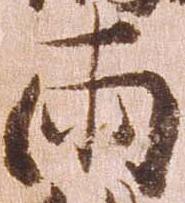
両